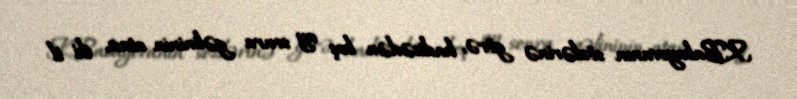
K.Babayevanın sözlərinə görə, hadisədən beş ay sonra gəlininin atası, iki il